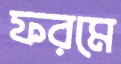
ফরমে